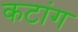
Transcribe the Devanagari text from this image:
कटांग